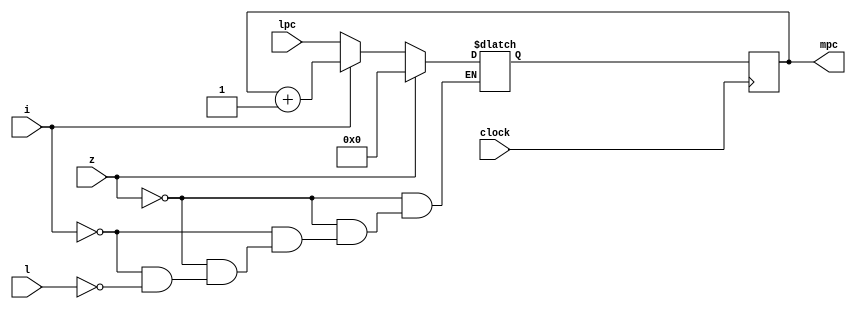
// This program was cloned from: https://github.com/tongplw/HW-Syn-Lab
// License: MIT License

`timescale 1ns / 1ps
//-------------------------------------------------------
// Title        : Micro PC.
// Library      : nanoLADA - microsequencer
// Purpose      : Computer Architecture, Design and Verfication
// Developers   : Krerk Piromsopa, Ph. D.
//              : Chulalongkorn University.
module micropc(mpc,lpc,z,i,l,clock);
output reg	[3:0] mpc;
input		[3:0] lpc;
input	z;
input	i;
input 	l;
input	clock;

reg [3:0] mpc_new;

always @(posedge clock)
begin
	mpc=mpc_new;
end

always @(z or i or l)
begin
	if (z==1)
		mpc_new=4'b0000;
	else if (i==1)
		mpc_new=mpc+1;
	else if (l==1)
		mpc_new=lpc;
end

endmodule